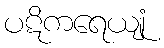
ပဋိကရေယျုံ